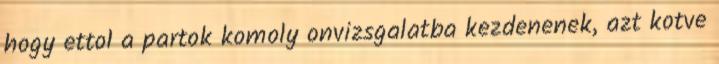
hogy ettol a partok komoly onvizsgalatba kezdenenek, azt kotve